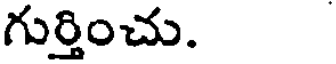
గుర్తించు.